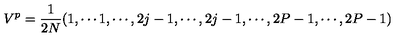
V ^ { p } = { \frac { 1 } { 2 N } } ( 1 , \cdots 1 , \cdots , 2 j - 1 , \cdots , 2 j - 1 , \cdots , 2 P - 1 , \cdots , 2 P - 1 )